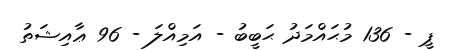
ޕީ - 136 މުޙައްމަދު ޙަބީބު - އަމިއްލަ - 96 ޢާއިޝަތު